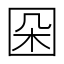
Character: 𡇙